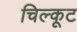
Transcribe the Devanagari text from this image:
चिल्कूट